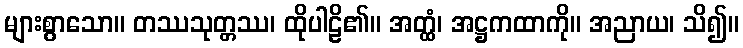
များစွာသော။ တဿသုတ္တဿ၊ ထိုပါဠိ၏။ အတ္ထံ၊ အဋ္ဌကထာကို။ အညာယ၊ သိ၍။